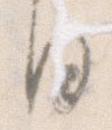
日